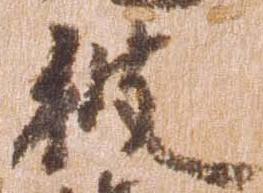
彼